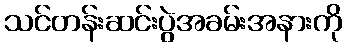
သင်တန်းဆင်းပွဲအခမ်းအနားကို